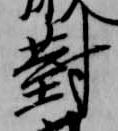
対